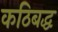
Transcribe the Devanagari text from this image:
कठिबद्ध